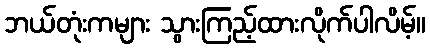
ဘယ်တုံးကများ သွားကြည့်ထားလိုက်ပါလိမ့်။